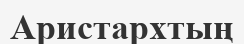
Аристархтың